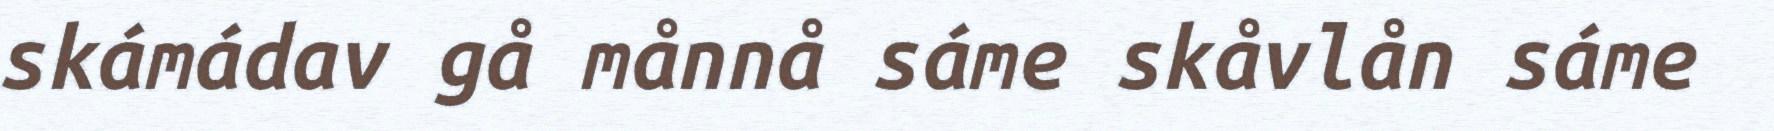
skámádav gå månnå sáme skåvlån sáme